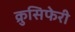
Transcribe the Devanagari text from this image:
क्रुसिफेरी